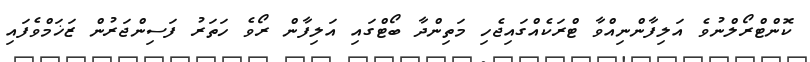
ކޮންޓްރޯލްނުވެ އަލިފާންނިއްވާ ޓްރަކެއްގައިޖެހި މަތިންދާ ބޯޓްގައި އަލިފާން ރޯވެ ހަތަރު ފަސިންޖަރުން ޒަޚަމްވެފައި